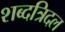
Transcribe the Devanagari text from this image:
शब्दत्रिदल